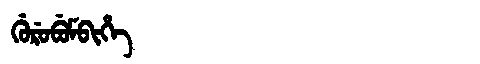
Manchu: ᡤᡠᡵᡠᠪᡠᠮᠪᡳᡥᡝ
Romanization: GURUBUMBIHE